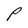
Character: P